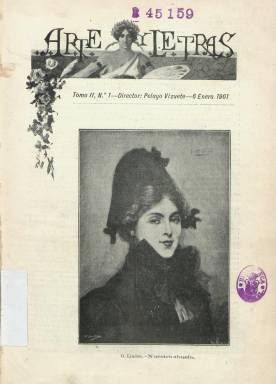
Título: Arte y letras (Madrid)
Colección: Cultura
Ámbito geográfico: Madrid
Lugar de publicación: Madrid
Fechas: 06/01/1901-04/12/1901

Revista semanal dirigida por el traductor, escritor y publicista Pelayo Vizuete y Picón (1872-1933) durante el año 1901, que debe ser considerada como continuación de la revista artística y literaria Miscelánea, que había publicado en los años 1899 y 1900. Se mantiene en este nuevo título el mismo formato -en 4º- y estructura de contenidos que su antecesora, por lo que su indicación de tomo segundo ha de ser considerada sólo a efectos de su encuadernación, respecto al supuesto tomo primero que debía corresponder a Miscelánea. Sigue siendo impresa también en la madrileña Tipografía Moderna, de T. Osácar, aunque después lo será en el establecimiento de Ambrosio Pérez y Compañía. Sus entregas empezarán siendo de doce páginas, para después ir aumentando hasta llegar algunas a la treintena, en papel cuché y compuestas a una o dos columnas, y con cubiertas ilustradas que serán estampadas a varias tintas.

Es una publicación que le da gran cobertura a las ilustraciones, tanto dibujos como reproducciones de obras pictóricas (alguna procedente de la Fototipia de Hauser y Menet) o de esculturas y de fotografías; dedicada, por un lado, a difundir contenidos culturales de todo género (literatura, teatro, música, pintura, arquitectura, arqueología, escultura, exposiciones, inauguraciones, espectáculos, estrenos o moda), tanto desde un punto de vista informativo y divulgativo como crítico, y, por otro, a dar cuenta del desarrollo urbanístico o industrial y en, definitiva, económico y social, y sobre todo cultural de ciudades españolas.

La nómina de colaboradores literarios que publican en sus páginas, tanto textos de creación en prosa (narraciones) como en verso, como crónicas y artículos de actualidad o divulgación histórica y artística es amplia, empezando por Leopoldo Alas Clarín, y siguiendo por Juan Pérez Zúñiga, Manuel Soriano, Luis Taboada, J. Pérez Guerrero, E. Contreras y Camargo, Enrique Fernández Granados, J.L. Esterlich, Manuel del Palacio, Justo Larios de Medrano, Luis Buceta, Pedro Gatón de Gotor, G. Martínez Sierra, Luis García Sampedro, Luis Falcato, Joaquín Sicilia, Alejandro Larrubiera, F. Tolosa Hernández, Carmen de Burgos Seguí o Maximiliarno G. Soriano, entre otros.

Tiene secciones fijas, como la denominada Figuras de la historia, con semblanzas de personajes universales, que firma Fabián Conde, y otra de semblanzas de personajes ilustres españoles, que algunas veces firma José Pueyo. Tomás Carretero es autor de unas crónicas de la vida literaria y cultural, y con el seudónimo El Dómine Cervatana se firman críticas de estrenos teatrales. Otras secciones son Ecos literarios (sobre actualidad cultural del extranjero) o Variedades. Pueyo es así mismo autor de dibujos, y otras ilustraciones que se publican corresponden a Gisbert o Cayuela. También inserta humor gráfico, como unas historietas firmadas por Tovar y destacan los fotograbados de retratos de artistas, actrices o actores.

Estará publicándose desde el seis de enero de 1901 y la entrega 48 y última de la colección en la Biblioteca Nacional de España corresponde al cuatro de diciembre de ese mismo año. Su paginación es continuada y con toda probabilidad cesó en su publicación en esa fecha.